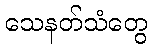
သေနတ်သံတွေ